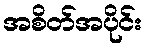
အစိတ်အပိုင်း